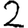
Digit: 2